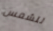
للشمس